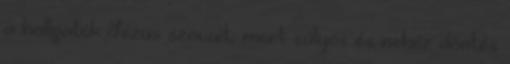
a hallgatók Jézus szavait, mert súlyos és nehéz döntés